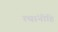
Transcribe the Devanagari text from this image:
त्यांनीहि